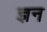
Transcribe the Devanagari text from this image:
ज्ञन